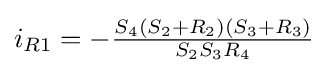
i_{R1}=-{\tfrac {S_{4}(S_{2}+R_{2})(S_{3}+R_{3})}{S_{2}S_{3}R_{4}}}